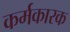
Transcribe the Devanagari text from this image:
कर्मकारक